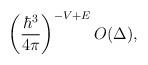
LaTeX: \begin{align*}\left({\hbar^3\over 4\pi} \right)^{-V+E} O(\Delta),\end{align*}